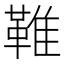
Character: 𩋘